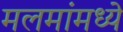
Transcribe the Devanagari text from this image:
मलमांमध्ये